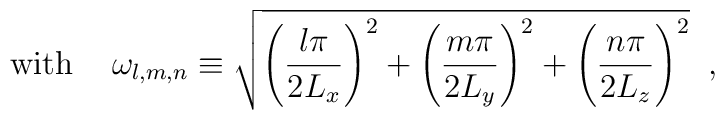
\mbox{with } \;\;\; \omega_{l,m,n}\equiv \sqrt{\Biggl(\frac{l\pi}{2L_x}\Biggr)^2      +\Biggl(\frac{m\pi}{2L_y}\Biggr)^2      +\Biggl(\frac{n\pi}{2L_z}\Biggr)^2} \;\; ,